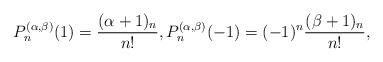
LaTeX: \begin{align*}P_n^{(\alpha,\beta)}(1)=\frac{(\alpha+1)_n}{n!},P_n^{(\alpha,\beta)}(-1)=(-1)^n\frac{(\beta+1)_n}{n!},\end{align*}